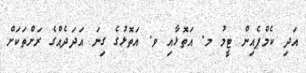
އަދި ކެމްޕެއިން ޓީމު މ. އަތޮޅާއި ވ. އަތޮޅުގެ ގިނަ އަދަދެއްގެ ރަށްތަކަށް